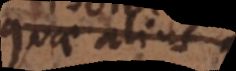
quae alius